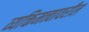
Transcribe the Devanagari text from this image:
व्यक्तिमत्त्वावरील